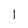
Character: 1